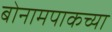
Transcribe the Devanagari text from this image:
बोनामपाकच्या